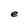
Character: e